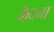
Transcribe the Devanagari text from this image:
कॆदना